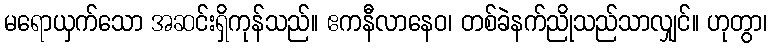
မရောယှက်သော အဆင်းရှိကုန်သည်။ ဧကနီလာနေဝ၊ တစ်ခဲနက်ညိုသည်သာလျှင်။ ဟုတွာ၊